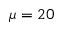
\mu = 2 0